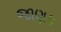
જાણક